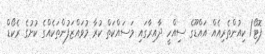
ފޮޓޯ/ ކިއުންތެރިއެއް އައްޑޫގެ ސިއްހީ ދާއިރާގައި މަސައްކަތް ކުރާ މުވައްޒަފުންތަކެއްގެ ކުށުގެ ރެކޯޑް